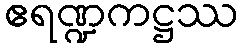
ဧရဏ္ဍကဋ္ဌဿ